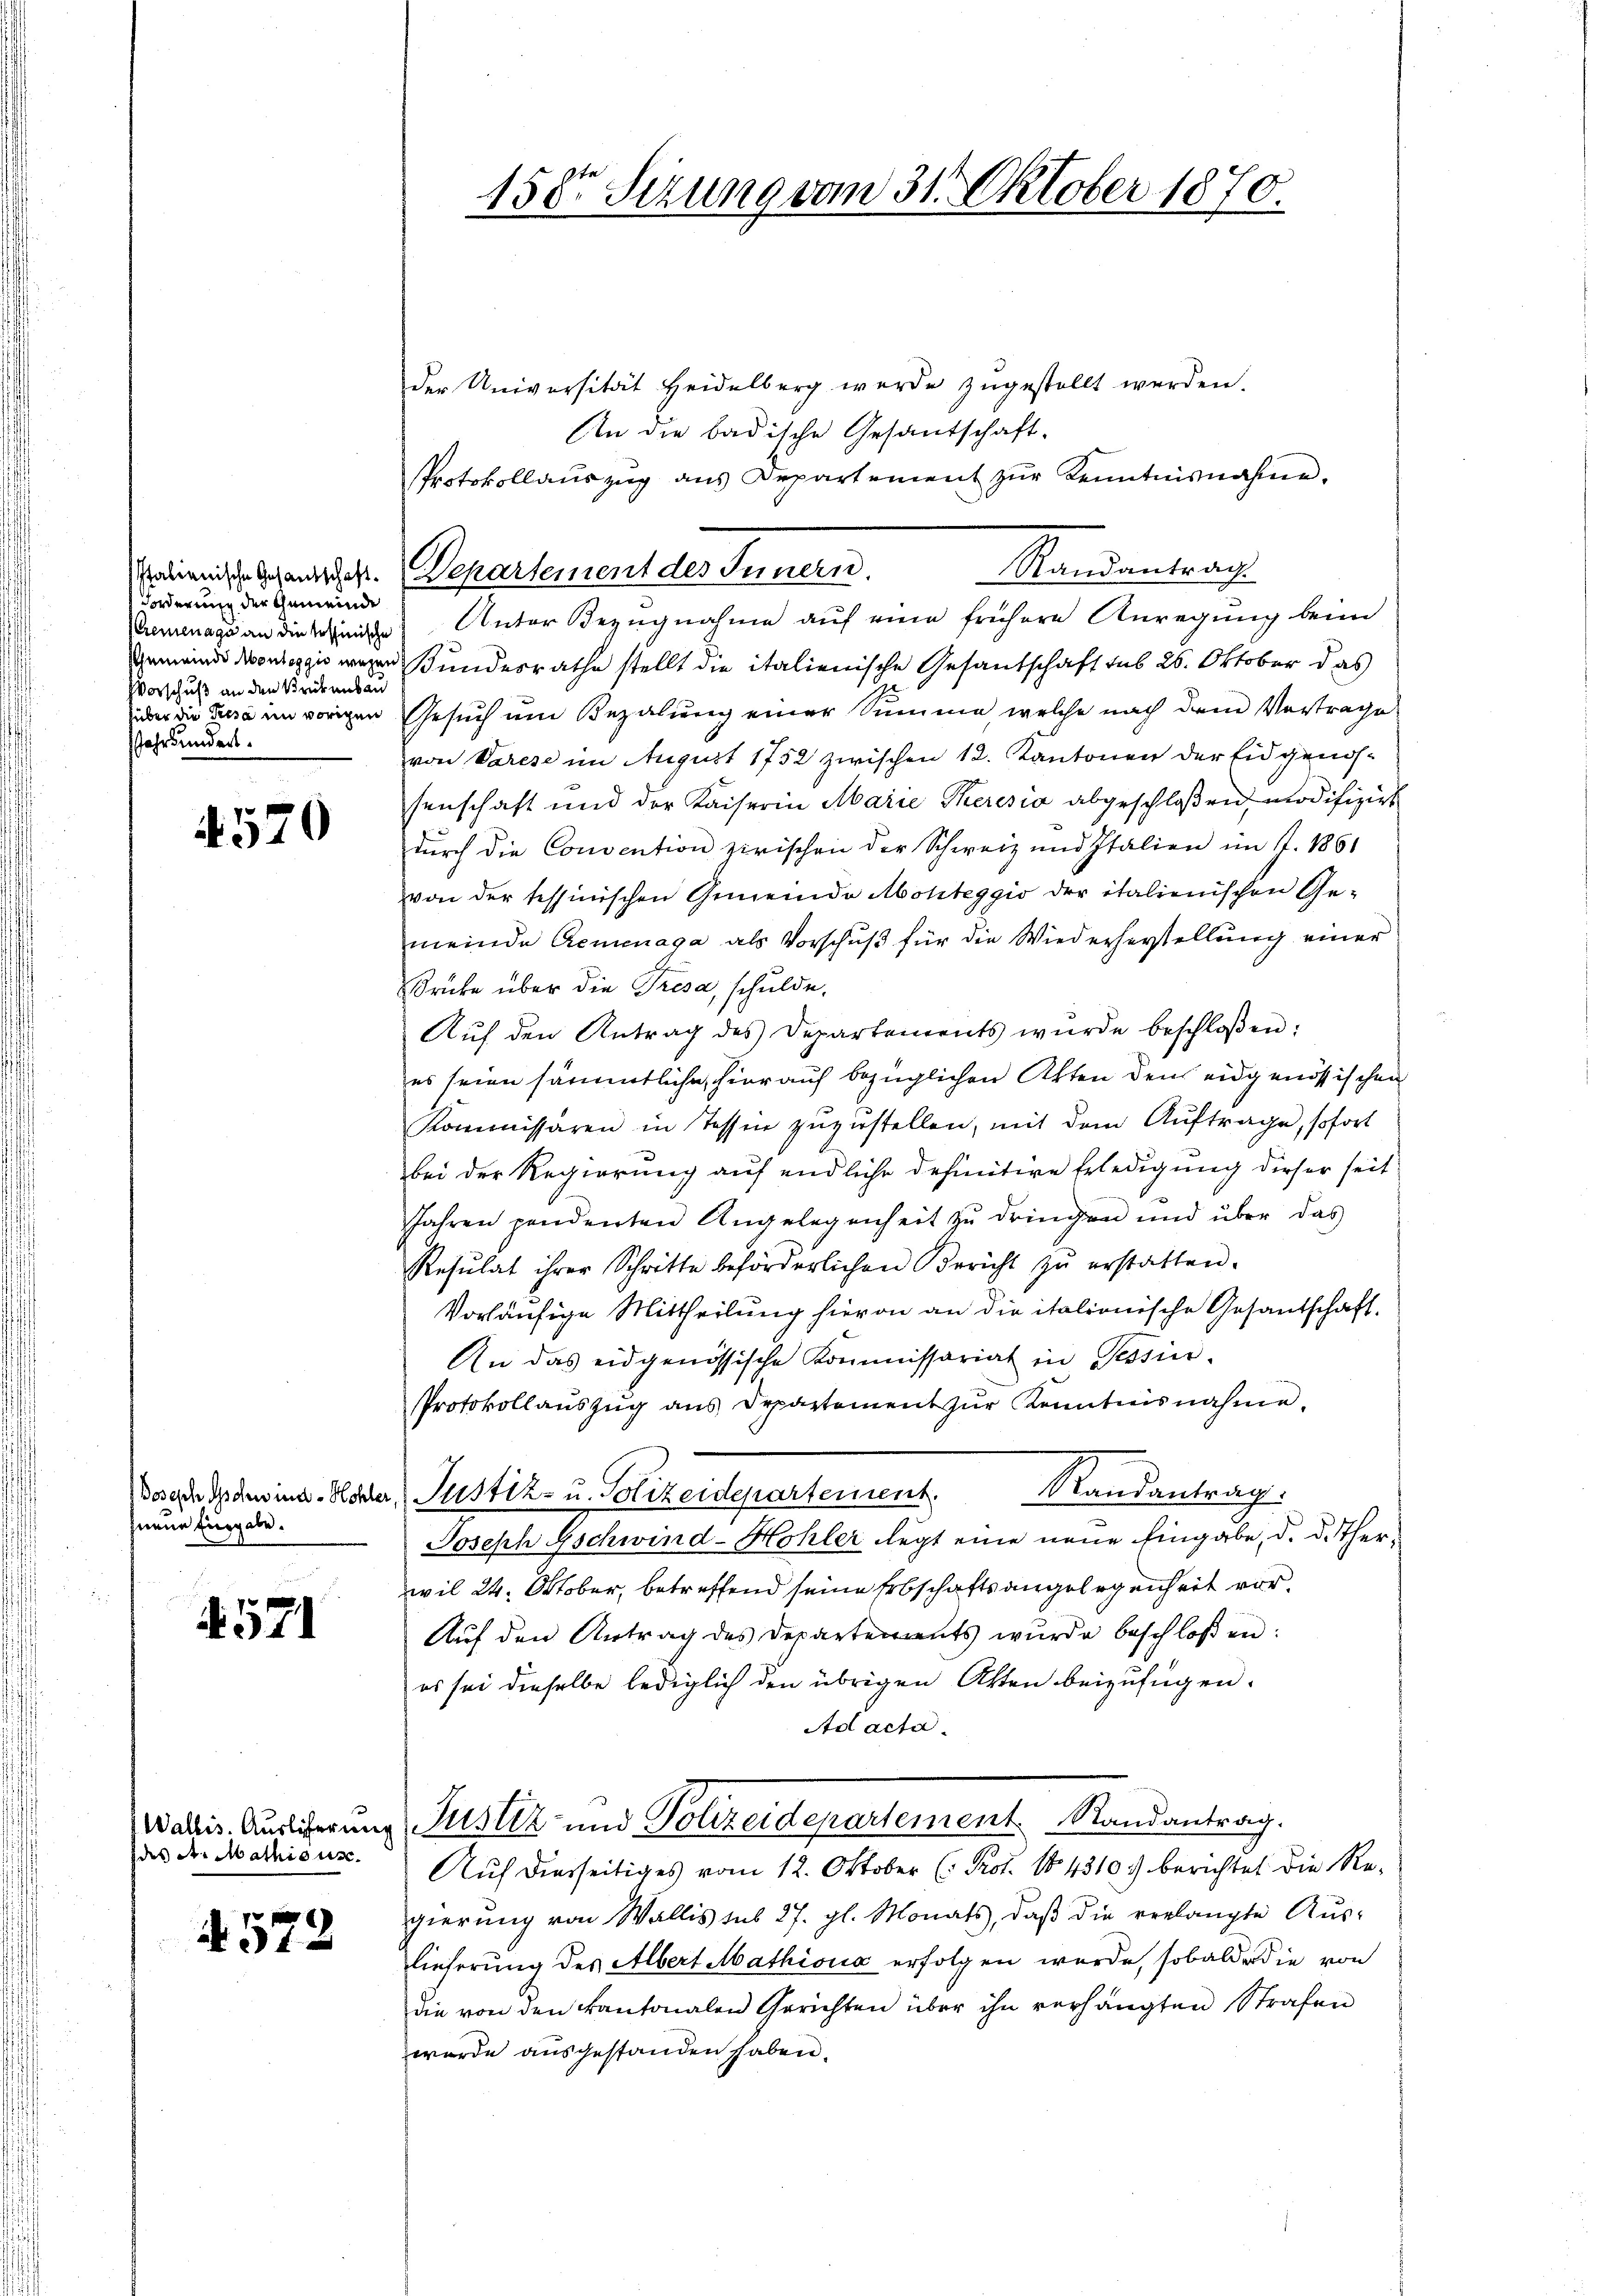
Forderung der Gemeinde
Kremenage an die Tessinische
Gemeinde Montaggio wegen
Vorschuß an den Brückenbau
über die Presa in vorigen
Jahrhundert.

4570

Doseph Schwind - Hohle
hneur Eingabe.

4571

des A. Mathisus.

4572

158 Sizung vom 31. Oktober 1870.

Mandantrach
Malienische Gesangeht. Departement des Innern.

der Universität Heidelberg werde zŭgestellt werden.
An die badische Gesantschaft.
Protokollaŭszŭg ans Departement zŭr Kenntnisnahme.
Unter Bezugnahme auf eine frühere Anregung beim
Kundesrathe stellt die italienische Gesandschaft sub 26. Oktober das
Gesuch um Bezalung einer Summe, welche nach dem Vortrage
von Varese im August 1752 zwischen 12. Kantonen der Eidgenossenschaft und der Kaiserin Marie Theresia abgeschloßen, modifizirt
dŭrch die Convention zwischen der Schweiz und Italien im J. 1861
von der tessinischen Gemeinde Abohteggio der italienischen Ge-
meinde Gemenaga als Vorschuß für die Wiederherstellung einer
Brücke über die Tresa, schulde,
Aŭf den Antrag des Departements wŭrde beschloßen:
es seien sämmtliche, hierauf bezüglichen Akten den eidgenössischen
Kommissären in Tessin zuzustellen, mit dem Auftrage, sofort
bei der Regierung auf endliche definitive Erledigung dieser seit
Jahren pendenten Angelegenheit zu dringen und über das
Resŭlat ihrer Schritte beförderlichen Bericht zŭ erstatten.
Vorläufige Mittheilung hievon an die italionische Gesandschaft.
An das eidgenössische Kommissariat in Tessin.
Protokollaŭszŭg ans Departement zŭr Kenntnisnahme.
Randantrag:
Justiz- u. Polizeidepartement.
Joseph Gschwind-Hohler legt eine neue Eingabe, d. d. Therwil 24. Oktober, betreffend seine Erbschaftsangelegenheit vor¬
Auf den Antrag des Departements wurde beschloßen:
es sei dieselbe lediglich den übrigen Akten beizufügen.
Ad acta
Wallis. Ausicherung Justiz und Polizeidepartement Randantrag.
Auf diesseitiges vom 12. Oktober (: Prot. No 4310.) berichtet die Regierung von Wallis sub 27. gl. Monats, daβ die verlangte Aŭs-
lieferung des Albert Mathiona erfolgen werde, sobald er die von
die von den kantonalen Gerichten über ihn verhängten Strafen
wurde ausgestanden haben.